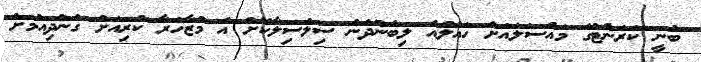
ބުނީ ކަރަންޓުގެ މައްސަލައަށް ހައްލެއް ލިބެންދެން ސިލްސިލާކޮށް އެ މުޒާހަރާ ކުރިއަށް ގެންދިއުމަށް